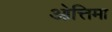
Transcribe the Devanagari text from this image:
ओत्तिमा